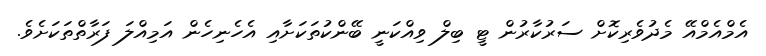
އެމްއެމްއޭ މެދުވެރިކޮށް ސަރުކާރުން ޓީ ބިލް ވިއްކަނީ ބޭންކުތަކަށާއި އެހެނިހެން އަމިއްލަ ފަރާތްތަކަށެވެ.